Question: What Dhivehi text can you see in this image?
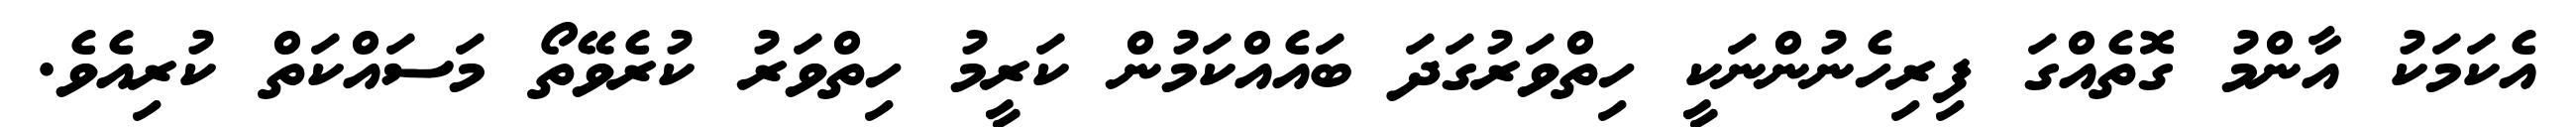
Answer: އެކަމަކު އާންމު ގޮތެއްގަ ފިރިހެނުންނަކީ ހިތްވަރުގަދަ ބައެއްކަމުން ކަރީމު ހިތްވަރު ކުރެވޭތޯ މަސައްކަތް ކުރިއެވެ.